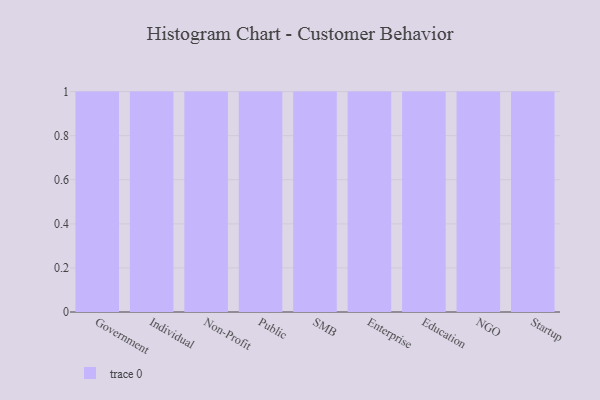
{"axis": {"x": "Segment", "y": "Page Views"}, "legend": [""], "data": [{"x": "Government", "y": 92, "type": ""}, {"x": "Individual", "y": 60, "type": ""}, {"x": "Non-Profit", "y": 2, "type": ""}, {"x": "Public", "y": 4, "type": ""}, {"x": "SMB", "y": 98, "type": ""}, {"x": "Enterprise", "y": 82, "type": ""}, {"x": "Education", "y": 97, "type": ""}, {"x": "NGO", "y": 83, "type": ""}, {"x": "Startup", "y": 16, "type": ""}]}